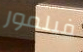
فيلمور